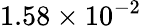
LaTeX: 1.58\times 10^{-2}